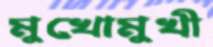
মুখোমুখী